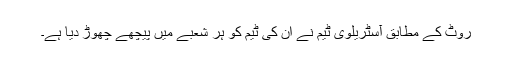
روٹ کے مطابق آسٹریلوی ٹیم نے اُن کی ٹیم کو ہر شعبے میں پیچھے چھوڑ دیا ہے۔